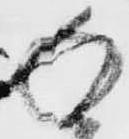
返